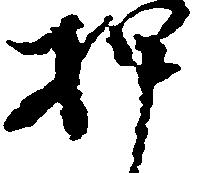
押